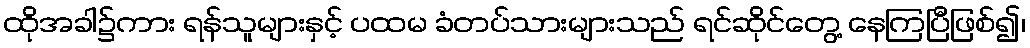
ထိုအခါ၌ကား ရန်သူများနှင့် ပထမ ခံတပ်သားများသည် ရင်ဆိုင်တွေ့ နေကြပြီဖြစ်၍၊